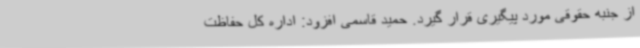
از جنبه حقوقی مورد پیگیری قرار گیرد. حمید قاسمی افزود: اداره کل حفاظت